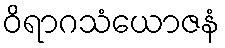
ဝိရာဂသံယောဇနံ